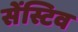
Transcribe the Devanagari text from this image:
सेंस्टिव